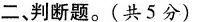
二、判断题。(共5分)